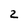
Character: 2